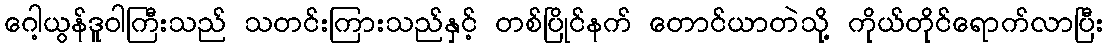
ဂေါ့ယွန်ဒူဝါကြီးသည် သတင်းကြားသည်နှင့် တစ်ပြိုင်နက် တောင်ယာတဲသို့ ကိုယ်တိုင်ရောက်လာပြီး